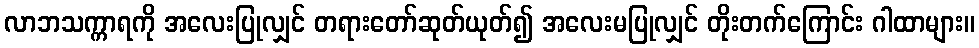
လာဘသက္ကာရကို အလေးပြုလျှင် တရားတော်ဆုတ်ယုတ်၍ အလေးမပြုလျှင် တိုးတက်ကြောင်း ဂါထာများ။